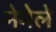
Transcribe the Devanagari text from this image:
नेमेले